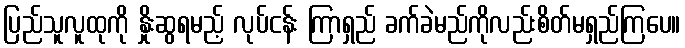
ပြည်သူလူထုကို နှိုးဆွရမည့် လုပ်ငန်း ကြာရှည် ခက်ခဲမည်ကိုလည်းစိတ်မရှည်ကြပေ။